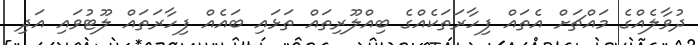
ދުވާލެއްގެ މައްޗަށް އެތައް ފިހާރަތަކެއްގެ ބިއްލޫރިތައް ތަޅައި ބައެއް ފިހާރަތައް ލޫޓުވައި އަދި